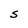
Character: S